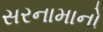
સરનામાનો